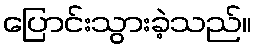
ပြောင်းသွားခဲ့သည်။